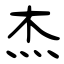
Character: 杰